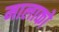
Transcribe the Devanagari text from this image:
मालाको